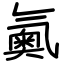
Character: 鿫